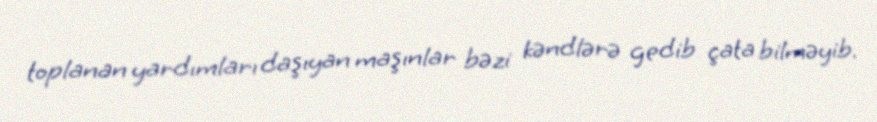
toplanan yardımları daşıyan maşınlar bəzi kəndlərə gedib çata bilməyib.